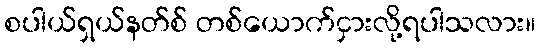
စပါယ်ရှယ်နတ်စ် တစ်ယောက်ငှားလို့ရပါသလား။